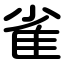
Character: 雀